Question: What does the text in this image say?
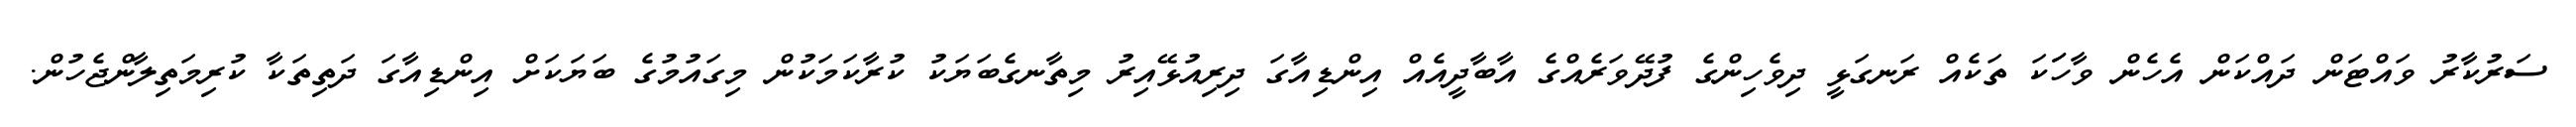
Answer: ސަރުކާރު ވައްޓަން ދައްކަން އެހެން ވާހަަކަ ތަކެއް ރަނގަޅީ ދިވެހިންގެ ފުދޭވަރެއްގެ އާބާދީއެއް އިންޑިއާގަ ދިރިއުޅޭއިރު މިތާނގެބަޔަކު ކުރާކަމަކުން މިގައުމުގެ ބަޔަކަށް އިންޑިއާގަ ދަތިތަކާ ކުރިމަތިލާންޖެހުން.